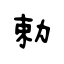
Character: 勅